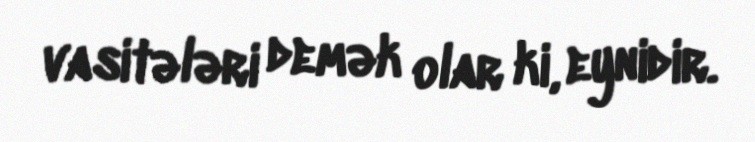
vasitələri demək olar ki, eynidir.